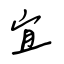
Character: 宜